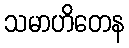
သမာဟိတေန